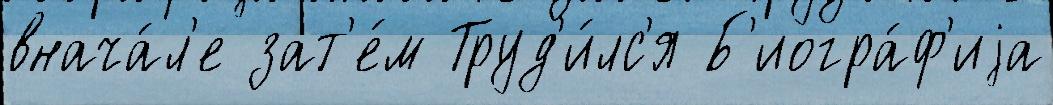
внача́л'е зат'е́м Труд'и́лс'я Б'иогра́ф'иjа